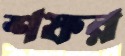
শফর